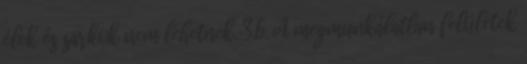
élek és sarkok nem lehetnek. 3.6. A megmunkálatlan felületek